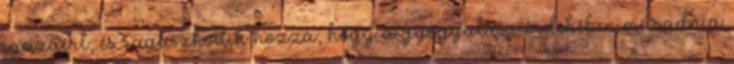
igazáért, és ragaszkodik hozzá, hogy a gyógyulása érdekében maradnia